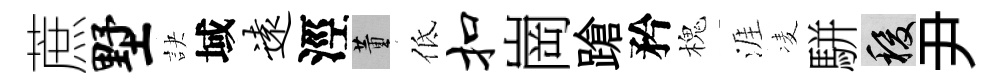
蔗墅訣域远涇董低扣崗蹌矜槐涯凌駢稷尹